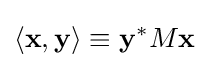
\langle \mathbf {x} ,\mathbf {y} \rangle \equiv \mathbf {y} ^{*}M\mathbf {x}